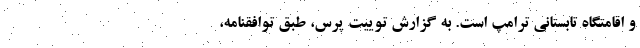
و اقامتگاه تابستانی ترامپ است. به گزارش توییت پرس، طبق توافقنامه،